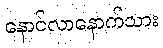
နောင်လာနောက်သား